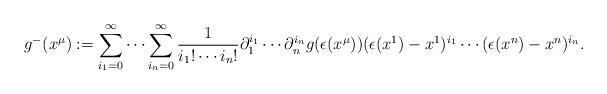
LaTeX: \begin{align*}g^-(x^{\mu}):=\sum_{i_1=0}^{\infty}\cdots\sum_{i_n=0}^{\infty}\frac{1}{i_1!\cdots i_n!}\partial_1^{i_1}\cdots \partial_n^{i_n}g(\epsilon(x^{\mu})) (\epsilon(x^1)-x^1)^{i_1}\cdots(\epsilon(x^n)-x^n)^{i_n}.\end{align*}